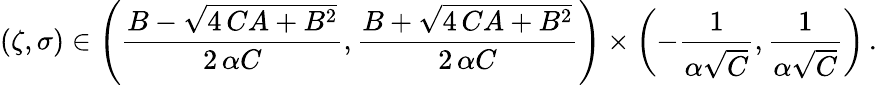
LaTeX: (\zeta,\sigma)\in\left(\frac{B-\sqrt{4\, CA+{B}^{2}}}{2\, \alpha C},\frac{B+\sqrt{4\, CA+{B}^{2}}}{2\, \alpha C}\right)\times\left(-\frac 1{\alpha\sqrt{C}},\frac 1{\alpha\sqrt{C}}\right)\, .